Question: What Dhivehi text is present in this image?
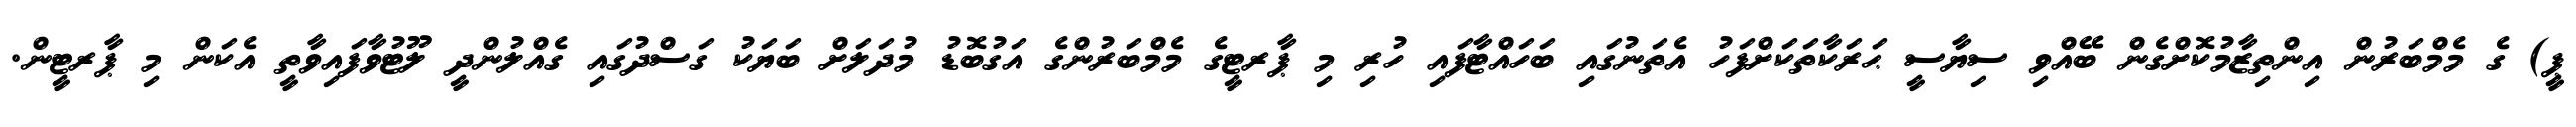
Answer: ޕީ) ގެ މެމްބަރުން އިންތިޒާމުކޮށްގެން ބޭއްވި ސިޔާސީ ޙަރަކާތަކަށްފަހު އެތަނުގައި ބަހައްޓާފައި ހުރި މި ޕާރޓީގެ މެމްބަރުންގެ އަގުބޮޑު މުދަލަށް ބަޔަކު ގަސްދުގައި ގެއްލުންދީ ލޫޓުވާފައިވާތީ އެކަން މި ޕާރޓީން.